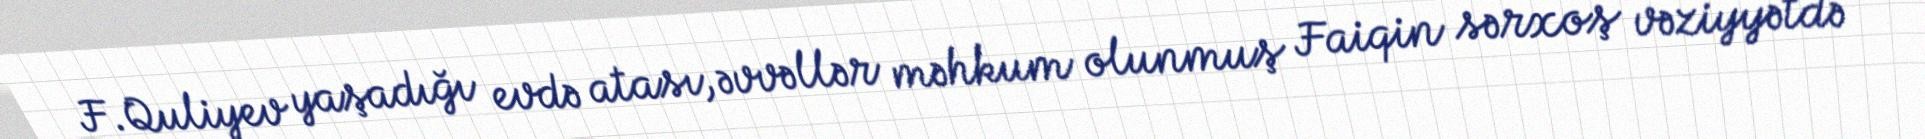
F.Quliyev yaşadığı evdə atası, əvvəllər məhkum olunmuş Faiqin sərxoş vəziyyətdə